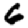
Digit: 6